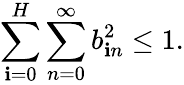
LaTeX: \sum_{\mathbf{i}=0}^{H}\sum_{n=0}^{\infty}b_{\mathbf{i}n}^{2}\le1.